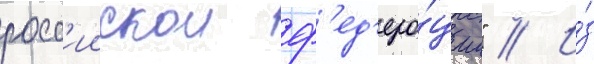
росс'иискои ф'ед'ера́ции" // И́з